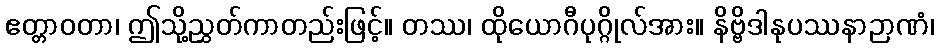
ဧတ္တာဝတာ၊ ဤသို့ညွှတ်ကာတည်းဖြင့်။ တဿ၊ ထိုယောဂီပုဂ္ဂိုလ်အား။ နိဗ္ဗိဒါနုပဿနာဉာဏံ၊